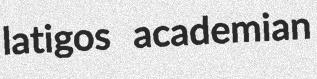
latigos academian